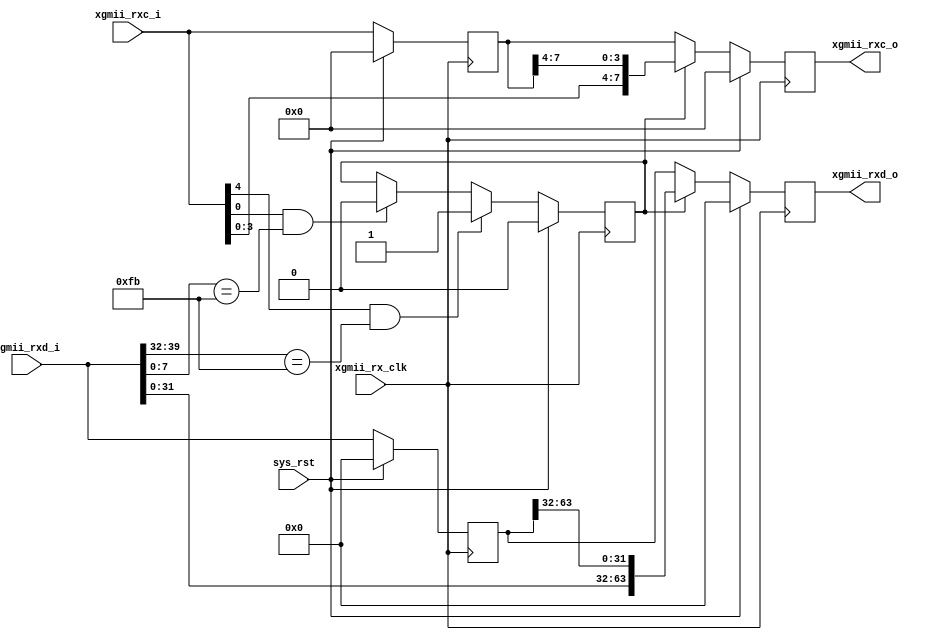
`default_nettype none

module xgmiisync # (
	parameter Gap = 4'h0
) (
	input wire sys_rst,
	input wire xgmii_rx_clk,
	input wire [63:0] xgmii_rxd_i,
	input wire [7:0] xgmii_rxc_i,
	output reg [63:0] xgmii_rxd_o,
	output reg [7:0] xgmii_rxc_o
);

//-----------------------------------
// logic
//-----------------------------------
reg [63:0] rxd = 64'h00;
reg [7:0] rxc = 8'h00;
reg quad_shift = 1'b0;
always @(posedge xgmii_rx_clk) begin
	if (sys_rst) begin
		rxd <= 64'h00;
		rxc <= 8'h00;
		xgmii_rxd_o <= 64'h00;
		xgmii_rxc_o <= 8'h00;
		quad_shift <= 1'b0;
	end else begin
		rxc <= xgmii_rxc_i;
		rxd <= xgmii_rxd_i;
		if (xgmii_rxc_i[4] == 1'b1 && xgmii_rxd_i[39:32] == 8'hfb) begin
			quad_shift <= 1'b1;
		end else if (xgmii_rxc_i[0] == 1'b1 && xgmii_rxd_i[7:0] == 8'hfb)
			quad_shift <= 1'b0;
		if (quad_shift == 1'b0) begin
			xgmii_rxd_o <= rxd;
			xgmii_rxc_o <= rxc;
		end else begin
			xgmii_rxd_o <= {xgmii_rxd_i[31:0], rxd[63:32]};
			xgmii_rxc_o <= {xgmii_rxc_i[3:0], rxc[7:4]};
		end
	end
end

endmodule
`default_nettype wire